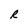
Character: R